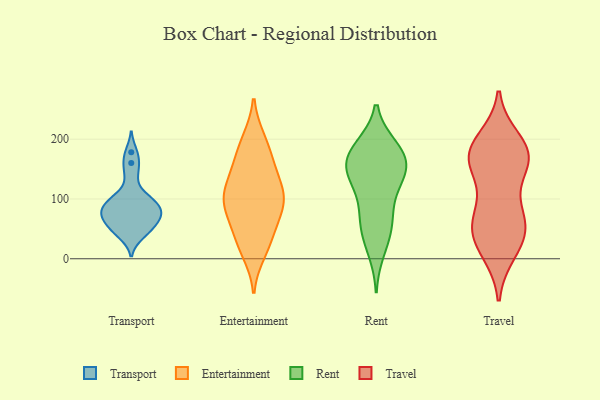
{"axis": {"x": "Market Share (%)", "y": "Value"}, "legend": ["Entertainment", "Rent", "Transport", "Travel"], "data": [{"x": "", "y": 99, "type": "Transport"}, {"x": "", "y": 73, "type": "Transport"}, {"x": "", "y": 102, "type": "Transport"}, {"x": "", "y": 44, "type": "Transport"}, {"x": "", "y": 39, "type": "Transport"}, {"x": "", "y": 59, "type": "Transport"}, {"x": "", "y": 79, "type": "Transport"}, {"x": "", "y": 65, "type": "Transport"}, {"x": "", "y": 88, "type": "Transport"}, {"x": "", "y": 178, "type": "Transport"}, {"x": "", "y": 139, "type": "Transport"}, {"x": "", "y": 81, "type": "Transport"}, {"x": "", "y": 99, "type": "Transport"}, {"x": "", "y": 74, "type": "Transport"}, {"x": "", "y": 52, "type": "Transport"}, {"x": "", "y": 160, "type": "Transport"}, {"x": "", "y": 200, "type": "Entertainment"}, {"x": "", "y": 136, "type": "Entertainment"}, {"x": "", "y": 92, "type": "Entertainment"}, {"x": "", "y": 154, "type": "Entertainment"}, {"x": "", "y": 106, "type": "Entertainment"}, {"x": "", "y": 63, "type": "Entertainment"}, {"x": "", "y": 46, "type": "Entertainment"}, {"x": "", "y": 23, "type": "Entertainment"}, {"x": "", "y": 112, "type": "Entertainment"}, {"x": "", "y": 167, "type": "Entertainment"}, {"x": "", "y": 69, "type": "Entertainment"}, {"x": "", "y": 97, "type": "Entertainment"}, {"x": "", "y": 119, "type": "Entertainment"}, {"x": "", "y": 102, "type": "Entertainment"}, {"x": "", "y": 166, "type": "Entertainment"}, {"x": "", "y": 10, "type": "Entertainment"}, {"x": "", "y": 89, "type": "Entertainment"}, {"x": "", "y": 200, "type": "Entertainment"}, {"x": "", "y": 24, "type": "Entertainment"}, {"x": "", "y": 153, "type": "Rent"}, {"x": "", "y": 75, "type": "Rent"}, {"x": "", "y": 186, "type": "Rent"}, {"x": "", "y": 168, "type": "Rent"}, {"x": "", "y": 78, "type": "Rent"}, {"x": "", "y": 14, "type": "Rent"}, {"x": "", "y": 124, "type": "Rent"}, {"x": "", "y": 147, "type": "Rent"}, {"x": "", "y": 187, "type": "Rent"}, {"x": "", "y": 42, "type": "Rent"}, {"x": "", "y": 52, "type": "Rent"}, {"x": "", "y": 127, "type": "Rent"}, {"x": "", "y": 157, "type": "Rent"}, {"x": "", "y": 184, "type": "Rent"}, {"x": "", "y": 149, "type": "Rent"}, {"x": "", "y": 64, "type": "Travel"}, {"x": "", "y": 177, "type": "Travel"}, {"x": "", "y": 41, "type": "Travel"}, {"x": "", "y": 18, "type": "Travel"}, {"x": "", "y": 166, "type": "Travel"}, {"x": "", "y": 167, "type": "Travel"}, {"x": "", "y": 187, "type": "Travel"}, {"x": "", "y": 44, "type": "Travel"}, {"x": "", "y": 51, "type": "Travel"}, {"x": "", "y": 198, "type": "Travel"}, {"x": "", "y": 159, "type": "Travel"}, {"x": "", "y": 75, "type": "Travel"}, {"x": "", "y": 156, "type": "Travel"}, {"x": "", "y": 84, "type": "Travel"}, {"x": "", "y": 172, "type": "Travel"}, {"x": "", "y": 12, "type": "Travel"}]}